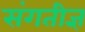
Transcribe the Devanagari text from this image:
संगतीज्ञ